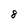
Character: 8